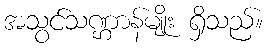
အသွင်သဏ္ဌာန်မျိုး ရှိသည်။